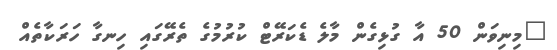
"މިނިވަން 50 އާ ގުޅިގެން މާލެ ޑެކަރޭޓް ކުރުމުގެ ތެރޭގައި ހިނގާ ހަރަކާތެއް